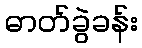
ဓာတ်ခွဲခန်း